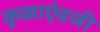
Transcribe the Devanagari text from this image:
कुळाऐवजी